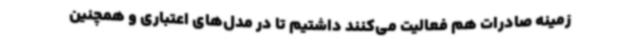
زمینه صادرات هم فعالیت می‌کنند داشتیم تا در مدل‌های اعتباری و همچنین